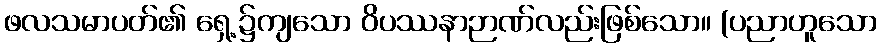
ဖလသမာပတ်၏ ရှေ့၌ကျသော ဝိပဿနာဉာဏ်လည်းဖြစ်သော။ (ပညာဟူသော